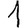
Digit: 1